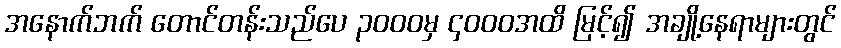
အနောက်ဘက် တောင်တန်းသည်ပေ ၃၀၀၀မှ ၄၀၀၀အထိ မြင့်၍ အချို့နေရာများတွင်